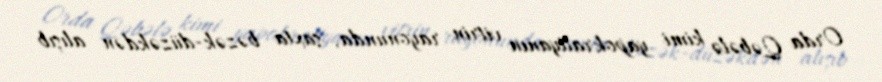
Orda Qəbələ kimi yapokratiyanın vitrin rayonunda, saxta bəzək-düzəkdən alışıb